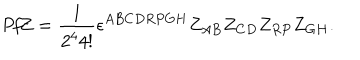
LaTeX: { \it P f } Z = { \frac { 1 } { 2 ^ { 4 } 4 ! } } \epsilon ^ { A B C D R P G H } Z _ { A B } Z _ { C D } Z _ { R P } Z _ { G H } .